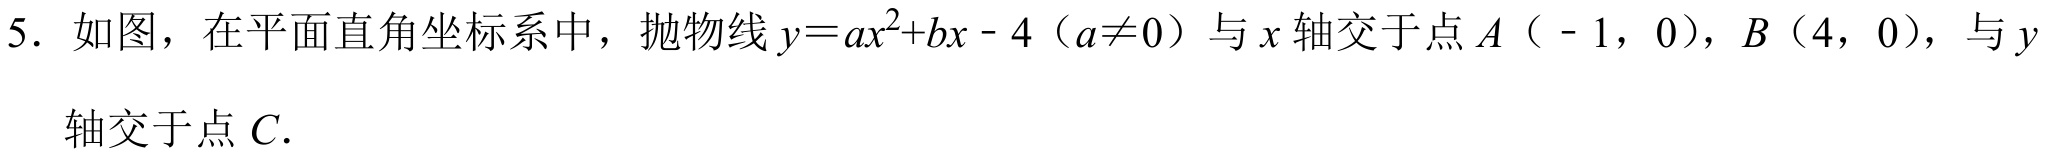
5. 如图，在平面直角坐标系中，抛物线\(y = ax^{2}+bx - 4\)（\(a\neq0\)）与\(x\)轴交于点\(A\)（\(-1,0\)），\(B\)（\(4,0\)），与\(y\)轴交于点\(C\).